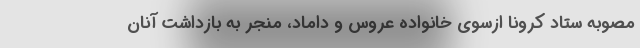
مصوبه ستاد کرونا ازسوی خانواده عروس و داماد، منجر به بازداشت آنان